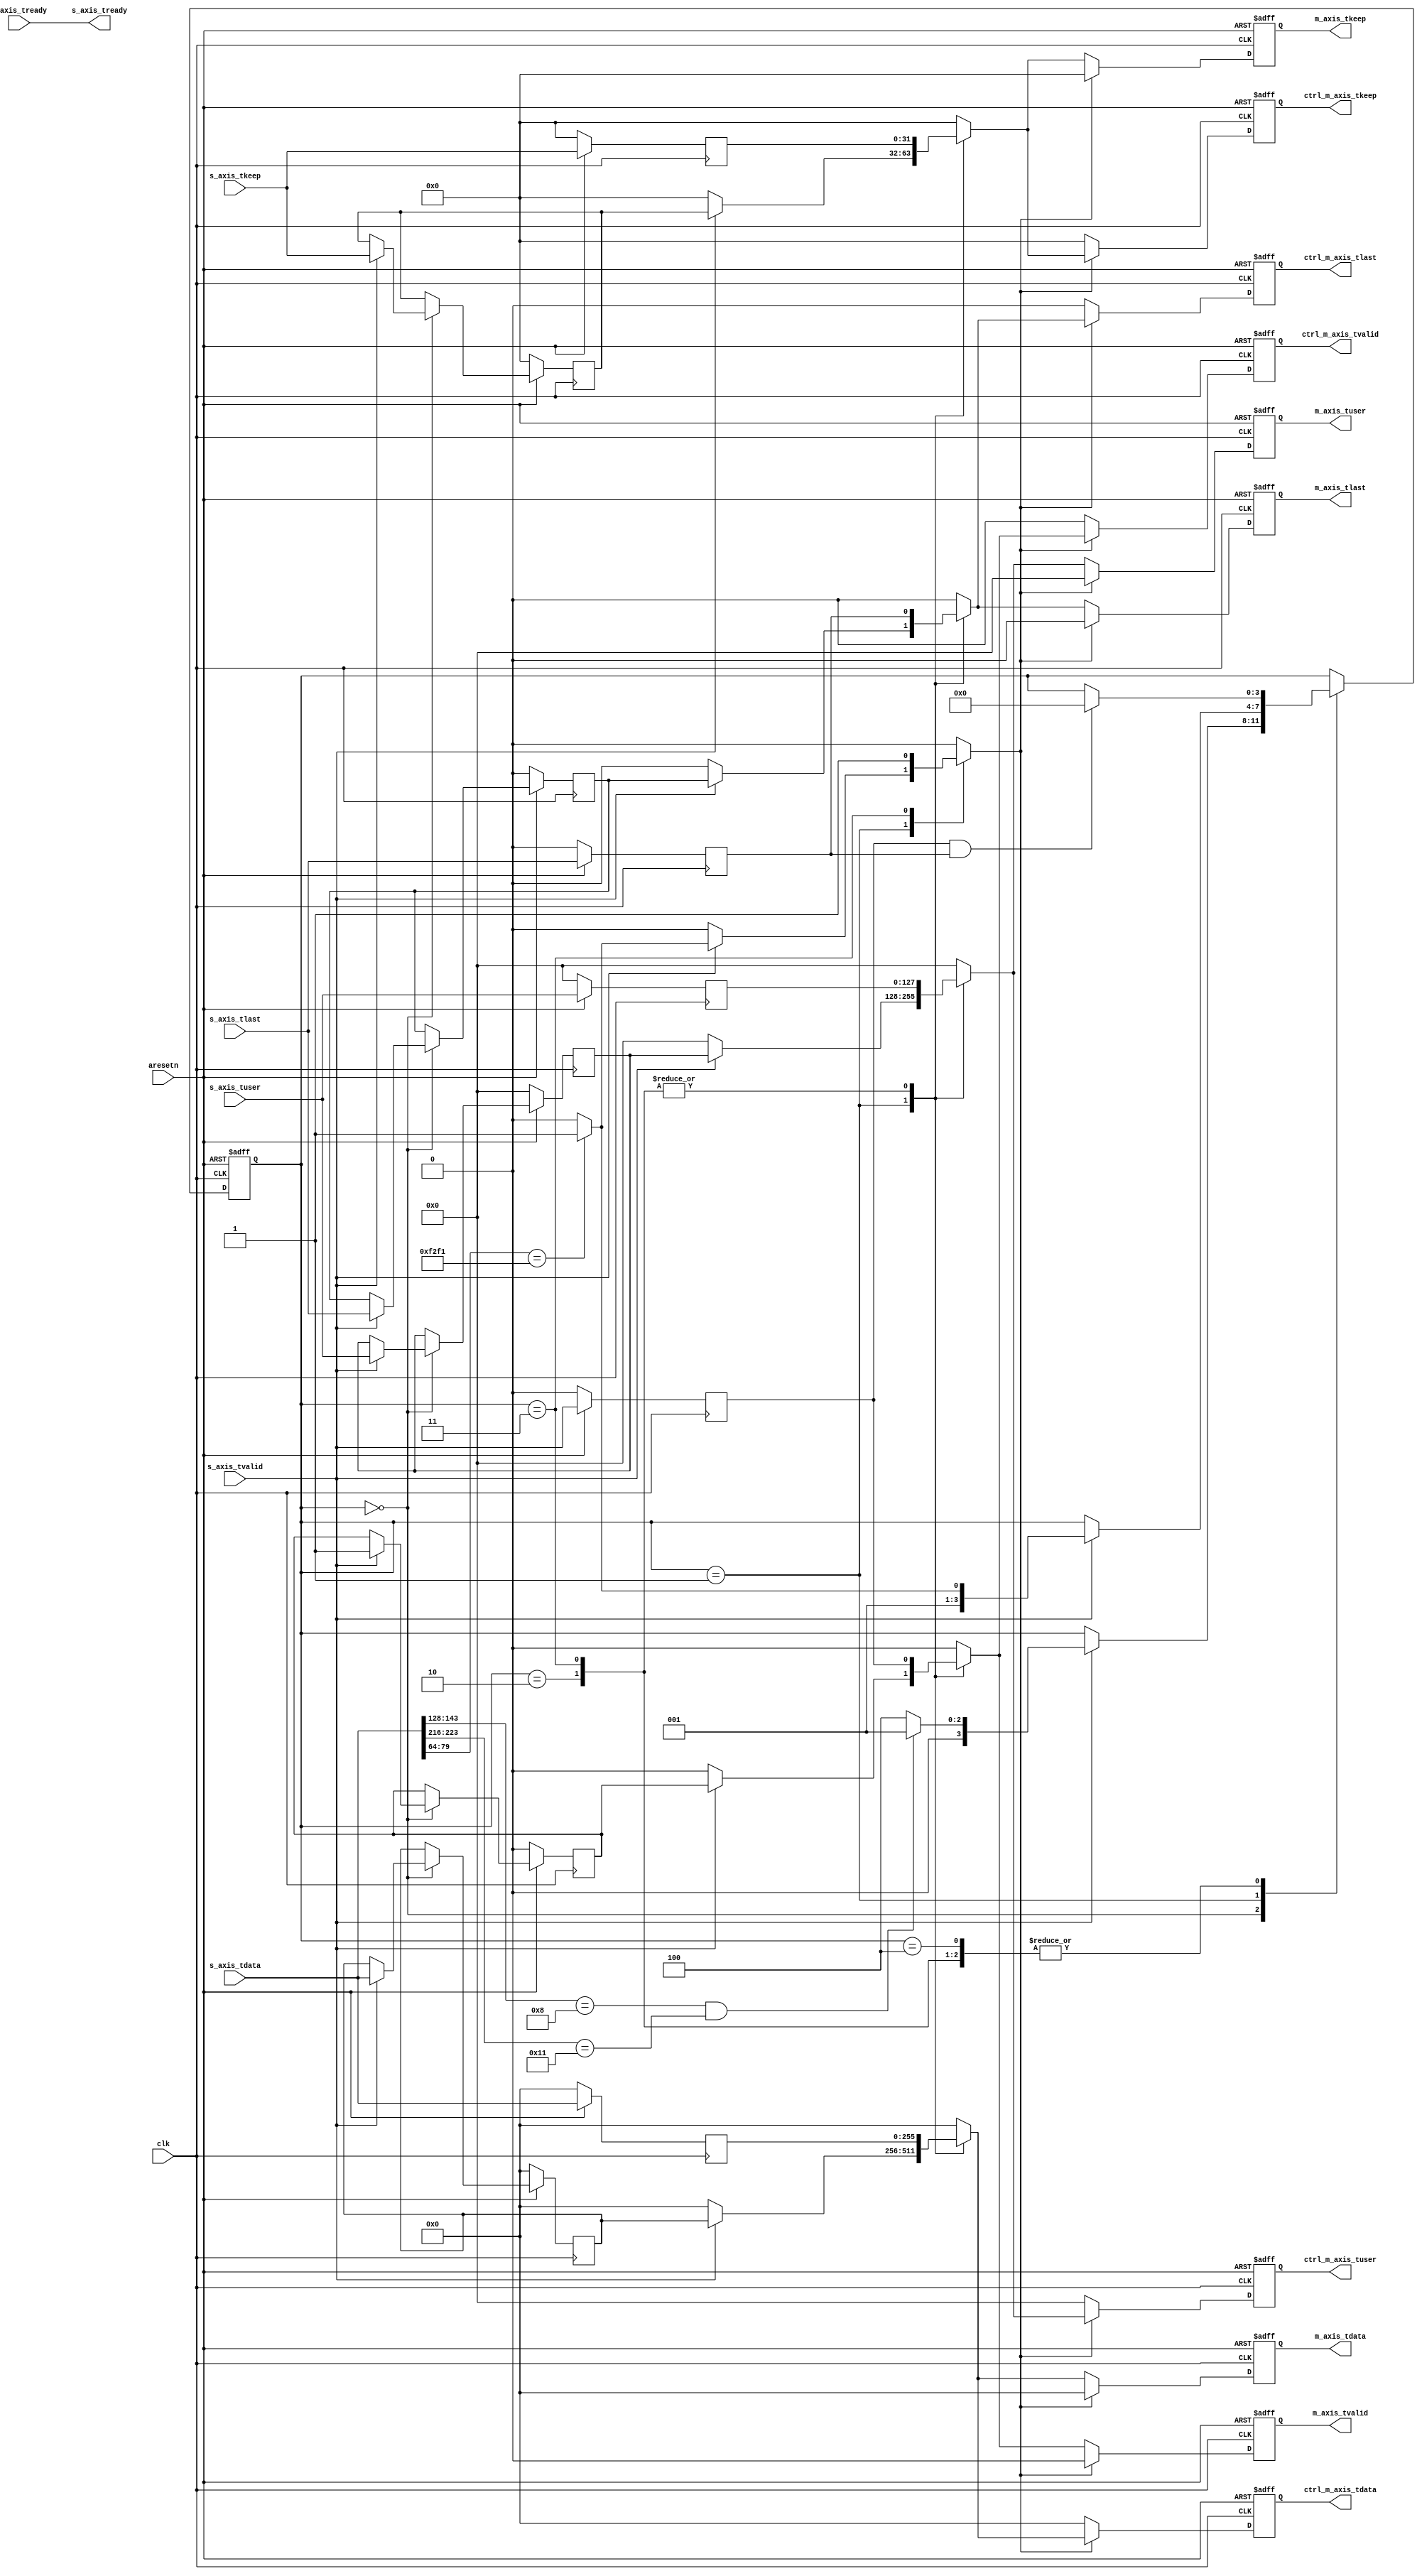
`timescale 1ns / 1ps

`define ETH_TYPE_IPV4	16'h0008
`define IPPROT_UDP		8'h11
`define CONTROL_PORT    16'hf2f1

module pkt_filter #(
	parameter C_S_AXIS_DATA_WIDTH = 256,
	parameter C_S_AXIS_TUSER_WIDTH = 128
)
(
	input				clk,
	input				aresetn,

	// input Slave AXI Stream
	input [C_S_AXIS_DATA_WIDTH-1:0]			s_axis_tdata,
	input [((C_S_AXIS_DATA_WIDTH/8))-1:0]	s_axis_tkeep,
	input [C_S_AXIS_TUSER_WIDTH-1:0]		s_axis_tuser,
	input									s_axis_tvalid,
	output									s_axis_tready,
	input									s_axis_tlast,

	// output Master AXI Stream
	output reg [C_S_AXIS_DATA_WIDTH-1:0]		m_axis_tdata,
	output reg [((C_S_AXIS_DATA_WIDTH/8))-1:0]	m_axis_tkeep,
	output reg [C_S_AXIS_TUSER_WIDTH-1:0]		m_axis_tuser,
	output reg									m_axis_tvalid,
	input										m_axis_tready,
	output reg									m_axis_tlast,

	//TODO a back-pressure is needed?
	output reg [C_S_AXIS_DATA_WIDTH-1:0]		ctrl_m_axis_tdata,
	output reg [((C_S_AXIS_DATA_WIDTH/8))-1:0]	ctrl_m_axis_tkeep,
	output reg [C_S_AXIS_TUSER_WIDTH-1:0]		ctrl_m_axis_tuser,
	output reg									ctrl_m_axis_tvalid,
	output reg									ctrl_m_axis_tlast

);

localparam WAIT_FIRST_PKT	= 0,
		   WAIT_SECOND_PKT	= 1,
		   FLUSH_DATA		= 2,
		   FLUSH_CTL		= 3,
		   DROP_PKT			= 4;


reg [C_S_AXIS_DATA_WIDTH-1:0]			s_axis_tdata_d1;
reg [((C_S_AXIS_DATA_WIDTH/8))-1:0]		s_axis_tkeep_d1;
reg [C_S_AXIS_TUSER_WIDTH-1:0]			s_axis_tuser_d1;
reg										s_axis_tvalid_d1;
reg 									s_axis_tlast_d1;

reg [C_S_AXIS_DATA_WIDTH-1:0]			r_tdata;
reg [((C_S_AXIS_DATA_WIDTH/8))-1:0]		r_tkeep;
reg [C_S_AXIS_TUSER_WIDTH-1:0]			r_tuser;
reg										r_tlast;
reg										r_tvalid;

reg [C_S_AXIS_DATA_WIDTH-1:0]			r_1st_tdata;
reg [((C_S_AXIS_DATA_WIDTH/8))-1:0]		r_1st_tkeep;
reg [C_S_AXIS_TUSER_WIDTH-1:0]			r_1st_tuser;
reg										r_1st_tlast;
reg										r_1st_tvalid;

reg [C_S_AXIS_DATA_WIDTH-1:0]			r_1st_tdata_next;
reg [((C_S_AXIS_DATA_WIDTH/8))-1:0]		r_1st_tkeep_next;
reg [C_S_AXIS_TUSER_WIDTH-1:0]			r_1st_tuser_next;
reg										r_1st_tlast_next;
reg										r_1st_tvalid_next;

reg [3:0] state, state_next;

// 1 for control, 0 for data;
reg								c_switch;
wire 							w_c_switch;

assign w_c_switch = c_switch;

//
assign s_axis_tready = m_axis_tready;

wire [15:0] udp_port;
assign udp_port = s_axis_tdata[64+:16];


always @(*) begin

	c_switch = 0;

	state_next = state;

	r_tdata = 0;
	r_tkeep = 0;
	r_tuser = 0;
	r_tlast = 0;
	r_tvalid = 0;

	r_1st_tdata_next = r_1st_tdata;
	r_1st_tkeep_next = r_1st_tkeep;
	r_1st_tuser_next = r_1st_tuser;
	r_1st_tlast_next = r_1st_tlast;
	r_1st_tvalid_next = r_1st_tvalid;

	case (state) 
		WAIT_FIRST_PKT: begin
			// 1st packet
			if (s_axis_tvalid) begin
				r_1st_tdata_next = s_axis_tdata;
				r_1st_tuser_next = s_axis_tuser;
				r_1st_tkeep_next = s_axis_tkeep;
				r_1st_tlast_next = s_axis_tlast;
				r_1st_tvalid_next = s_axis_tvalid;
				if ((s_axis_tdata[143:128]==`ETH_TYPE_IPV4) && 
					(s_axis_tdata[223:216]==`IPPROT_UDP)) begin
					state_next = WAIT_SECOND_PKT;
				end
				else begin
					state_next = DROP_PKT;
				end
			end
		end
		WAIT_SECOND_PKT: begin
			// 2nd packet
			if (s_axis_tvalid) begin
				r_tdata = r_1st_tdata;
				r_tkeep = r_1st_tkeep;
				r_tuser = r_1st_tuser;
				r_tlast = r_1st_tlast;
				r_tvalid = r_1st_tvalid;

				if (s_axis_tdata[64+:16]==`CONTROL_PORT) begin
					c_switch = 1;
					state_next = FLUSH_CTL;
				end
				else begin
					state_next = FLUSH_DATA;
				end
			end
		end
		FLUSH_DATA: begin
			r_tdata = s_axis_tdata_d1;
			r_tkeep = s_axis_tkeep_d1;
			r_tuser = s_axis_tuser_d1;
			r_tlast = s_axis_tlast_d1;
			r_tvalid = s_axis_tvalid_d1;
			if (s_axis_tvalid_d1 && s_axis_tlast_d1) begin
				state_next = WAIT_FIRST_PKT;
			end
		end
		FLUSH_CTL: begin
			c_switch = 1;

			r_tdata = s_axis_tdata_d1;
			r_tkeep = s_axis_tkeep_d1;
			r_tuser = s_axis_tuser_d1;
			r_tlast = s_axis_tlast_d1;
			r_tvalid = s_axis_tvalid_d1;
			if (s_axis_tvalid_d1 && s_axis_tlast_d1) begin
				state_next = WAIT_FIRST_PKT;
			end
		end
		DROP_PKT: begin
			//
			r_tvalid = 0;
			if (s_axis_tvalid_d1 && s_axis_tlast_d1) begin
				state_next = WAIT_FIRST_PKT;
			end
		end
	endcase
end

always @(posedge clk or negedge aresetn) begin
	if (~aresetn) begin
		state <= WAIT_FIRST_PKT;

		m_axis_tdata <= 0;
		m_axis_tkeep <= 0;
		m_axis_tuser <= 0;
		m_axis_tlast <= 0;
		m_axis_tvalid <= 0;

		// control
		ctrl_m_axis_tdata <= 0;
		ctrl_m_axis_tkeep <= 0;
		ctrl_m_axis_tuser <= 0;
		ctrl_m_axis_tlast <= 0;
		ctrl_m_axis_tvalid <= 0;

	end
	else begin
		state <= state_next;

		if (!w_c_switch) begin
			m_axis_tdata <= r_tdata;
			m_axis_tkeep <= r_tkeep;
			m_axis_tuser <= r_tuser;
			m_axis_tlast <= r_tlast;
			m_axis_tvalid <= r_tvalid;
			// reset control path output 
			ctrl_m_axis_tdata <= 0;
			ctrl_m_axis_tkeep <= 0;
			ctrl_m_axis_tuser <= 0;
			ctrl_m_axis_tlast <= 0;
			ctrl_m_axis_tvalid <= 0;
		end
		else begin
			m_axis_tdata <= 0;
			m_axis_tkeep <= 0;
			m_axis_tuser <= 0;
			m_axis_tlast <= 0;
			m_axis_tvalid <= 0;
			// 
			ctrl_m_axis_tdata <= r_tdata;
			ctrl_m_axis_tkeep <= r_tkeep;
			ctrl_m_axis_tuser <= r_tuser;
			ctrl_m_axis_tlast <= r_tlast;
			ctrl_m_axis_tvalid <= r_tvalid;
		end
	end
end

always @(posedge clk) begin
	if (~aresetn) begin
		s_axis_tdata_d1 <= 0;
		s_axis_tkeep_d1 <= 0;
		s_axis_tuser_d1 <= 0;
		s_axis_tlast_d1 <= 0;
		s_axis_tvalid_d1 <= 0;
		//
		r_1st_tdata <= 0;
		r_1st_tkeep <= 0;
		r_1st_tuser <= 0;
		r_1st_tlast <= 0;
		r_1st_tvalid <= 0;
	end
	else begin
		s_axis_tdata_d1 <= s_axis_tdata;
		s_axis_tkeep_d1 <= s_axis_tkeep;
		s_axis_tuser_d1 <= s_axis_tuser;
		s_axis_tlast_d1 <= s_axis_tlast;
		s_axis_tvalid_d1 <= s_axis_tvalid;
		// 
		r_1st_tdata <= r_1st_tdata_next;
		r_1st_tkeep <= r_1st_tkeep_next;
		r_1st_tuser <= r_1st_tuser_next;
		r_1st_tlast <= r_1st_tlast_next;
		r_1st_tvalid <= r_1st_tvalid_next;
	end
end

endmodule